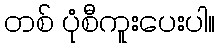
တစ် ပုံစီကူးပေးပါ။